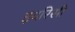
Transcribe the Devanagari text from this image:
इदरिसी